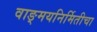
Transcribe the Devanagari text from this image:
वाङ्मयनिर्मितीचा